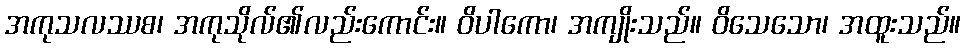
အကုသလဿစ၊ အကုသိုလ်၏လည်းကောင်း။ ဝိပါကော၊ အကျိုးသည်။ ဝိသေသော၊ အထူးသည်။